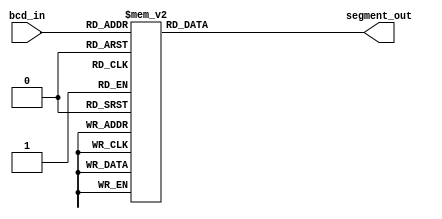
//   Copyright 2024 Martin Putz
//
//   Licensed under the Apache License, Version 2.0 (the "License");
//   you may not use this file except in compliance with the License.
//   You may obtain a copy of the License at
//
//       http://www.apache.org/licenses/LICENSE-2.0
//
//   Unless required by applicable law or agreed to in writing, software
//   distributed under the License is distributed on an "AS IS" BASIS,
//   WITHOUT WARRANTIES OR CONDITIONS OF ANY KIND, either express or implied.
//   See the License for the specific language governing permissions and
//   limitations under the License.

`define default_netname none

module decoder (
	//Input
    input wire [3:0] bcd_in,	//binary in
    	
    	//Output
    output reg [6:0] segment_out 	//7-seg code out
);

    always @(*) begin
        case(bcd_in)
            //                7654321
            //		      gfedcba
            0:  segment_out = 7'b0111111;
            1:  segment_out = 7'b0000110;
            2:  segment_out = 7'b1011011;
            3:  segment_out = 7'b1001111;
            4:  segment_out = 7'b1100110;
            5:  segment_out = 7'b1101101;
            6:  segment_out = 7'b1111101;
            7:  segment_out = 7'b0000111;
            8:  segment_out = 7'b1111111;
            9:  segment_out = 7'b1101111;
	    default:
                segment_out = 7'b1110001;	// Letter F in case of invalid input
        endcase
    end

/*
		      -- 1 --
		     |       |
		     6       2
		     |       |
		      -- 7 --
		     |       |
		     5       3
		     |       |
		      -- 4 --
*/

endmodule